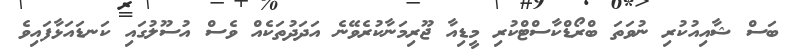
ބަސް ޝާއިއުކުރި ނުވަތަ ބްރޯޑްކާސްޓްކުރި މީޑިއާ ޖޫރިމަނާކުރެވޭނެ އަދަދުތަކެއް ވެސް އުސޫލުގައި ކަނޑައަޅާފައިވެ